Civil Veterinary Dept. Bombay admin report 1932-41 - 1932-1941
Year: 1932
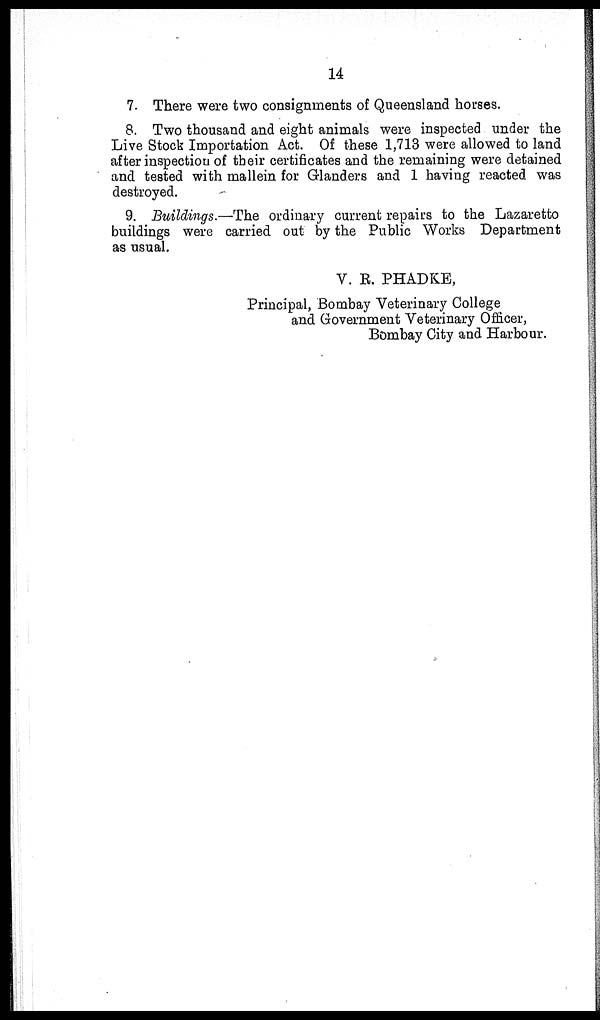
14
7. There were two consignments of Queensland horses.
8. Two thousand and eight animals were inspected under the
Live Stock Importation Act. Of these 1,713 were allowed to land
after inspection of their certificates and the remaining were detained
and tested with mallein for Glanders and 1 having reacted was
destroyed.
9. Buildings.—The ordinary current repairs to the Lazaretto
buildings were carried out by the Public Works Department
as usual.
V. R. PHADKE,
Principal, Bombay Veterinary College
and Government Veterinary Officer,
Bombay City and Harbour.